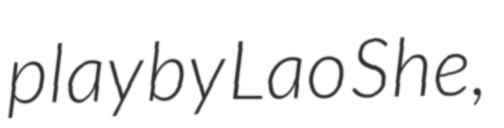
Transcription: play by Lao She,